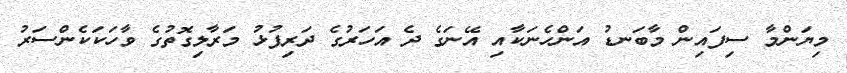
މިޔަންމާ ސިފައިން މާބަނޑު އަންހެނަކާއި އޭނަގެ ދެ އަހަރުގެ ދަރިފުޅު މަރާލިގޮތުގެ ވާހަކަކެންސަރު